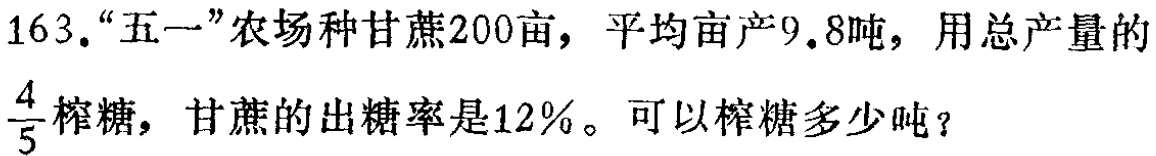
163.“五一”农场种甘蔗200亩，平均亩产9.8吨，用总产量的$\frac{4}{5}$榨糖，甘蔗的出糖率是12%。可以榨糖多少吨？